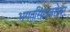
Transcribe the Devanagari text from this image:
भगतसिंहाबरोबर